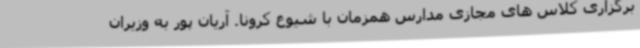
برگزاری کلاس های مجازی مدارس همزمان با شیوع کرونا. آریان پور به وزیران